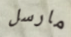
مارسل